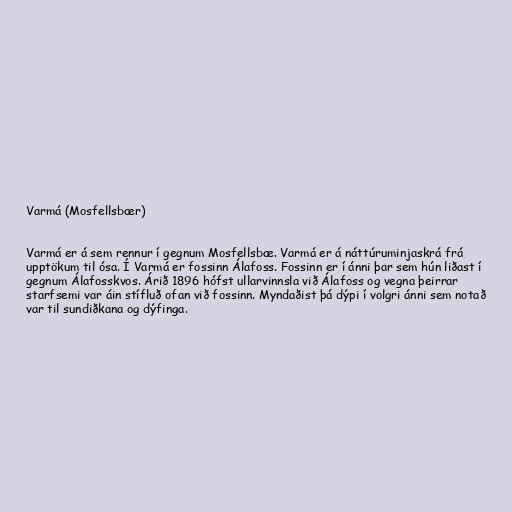
Varmá (Mosfellsbær)

Varmá er á sem rennur í gegnum Mosfellsbæ. Varmá er á náttúruminjaskrá frá
upptökum til ósa. Í Varmá er fossinn Álafoss. Fossinn er í ánni þar sem hún liðast í
gegnum Álafosskvos. Árið 1896 hófst ullarvinnsla við Álafoss og vegna þeirrar
starfsemi var áin stífluð ofan við fossinn. Myndaðist þá dýpi í volgri ánni sem notað
var til sundiðkana og dýfinga.